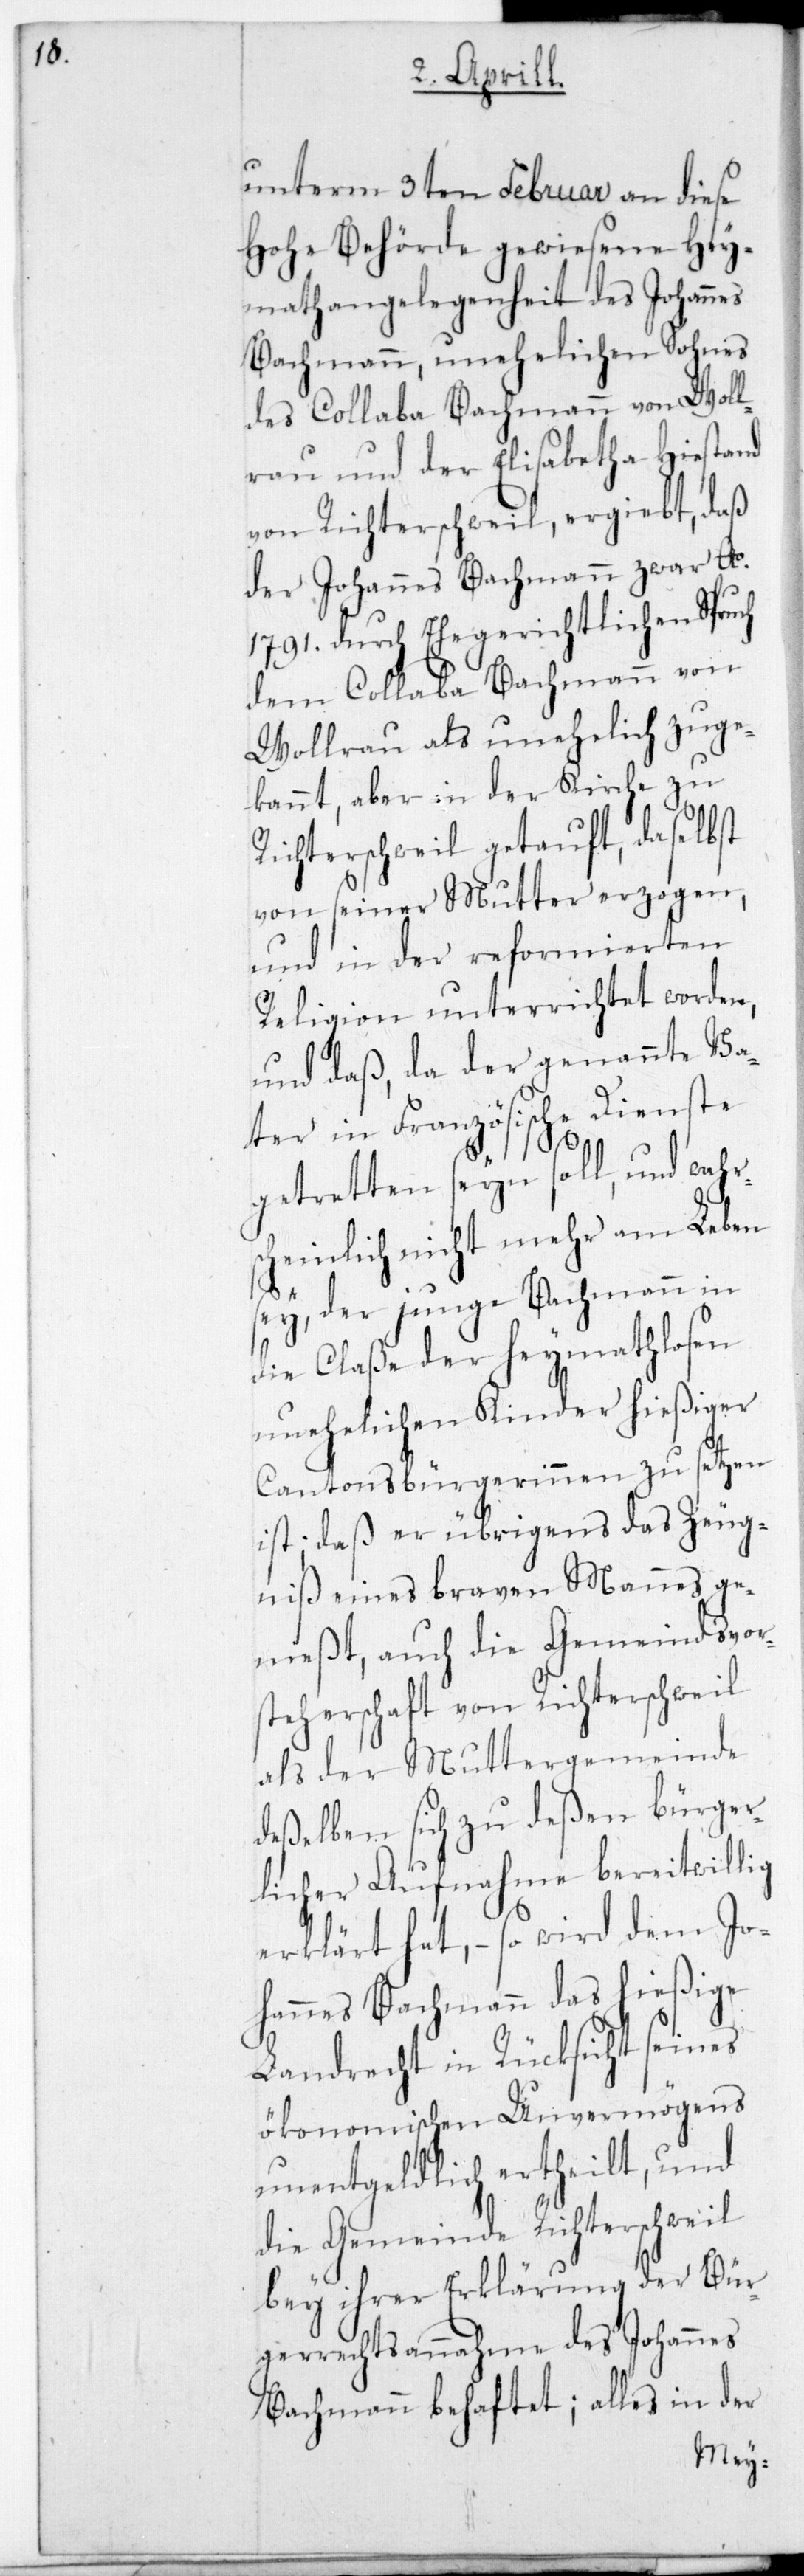
unterm 3ten Februar an diese
Hohe Behörde gewiesene Hey¬
mathangelegenheit des Johannes
Bachmann, unehelichen Sohnes
des Collaba Bachmann von Woll¬
erau und der Elisabetha Hiestand
von Richterschweil, ergibt, daß
der Johannes Bachmann zwar Ao.
1791. durch Ehegerichtlichen Spruch
dem Collaba Bachmann von
Wollerau als unehelich zuge¬
kannt, aber in der Kirche zu
Richterschweil getauft, daselbst
von seiner Mutter erzogen,
und in der reformierten
Religion unterrichtet worden,
und daß, da der genannte Va¬
ter in Französische Dienste
getretten sein soll, und wahr¬
scheinlich nicht mehr am Leben
sey, der junge Bachmann in
die Claße der heymathlosen
unehelichen Kinder hießiger
Cantonsbürgerinnen zu setzen
ist; daß er übrigens das Zeug¬
niß eines braven Mannes ge¬
nießt, auch die Gemeindsvor¬
steherschaft von Richterschweil
als der Muttergemeinde
deßelben sich zu deßen bürger¬
licher Aufnahme bereitwillig
erklärt hat, – so wird dem Jo¬
hannes Bachmann das hießige
Landrecht in Rücksicht seines
ökonomischen Unvermögens
unentgeldlich ertheilt, und
die Gemeinde Richterschweil
bey ihrer Erklärung der Bür¬
gerrechtsannahme des Johannes
Bachmann behaftet; alles in der